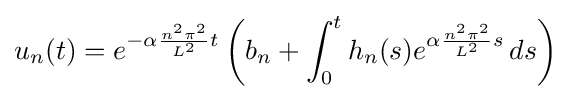
u_{n}(t)=e^{-\alpha {\frac {n^{2}\pi ^{2}}{L^{2}}}t}\left(b_{n}+\int _{0}^{t}h_{n}(s)e^{\alpha {\frac {n^{2}\pi ^{2}}{L^{2}}}s}\,ds\right)